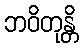
ဘဝိတုန္တိ